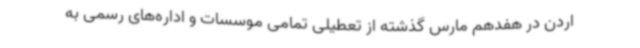
اردن در هفدهم مارس گذشته از تعطیلی تمامی موسسات و اداره‌های رسمی به